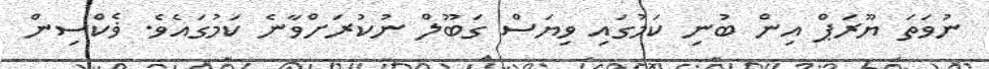
ނުވަތަ ޔޫރަޕް އިން ބުނި ކަމުގައި ވިޔަސް ގަބޫލް ނުކުރަށްވާނެ ކަމުގައެވެ. ޥެކްސިން